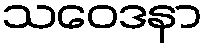
သဝေဒနာ